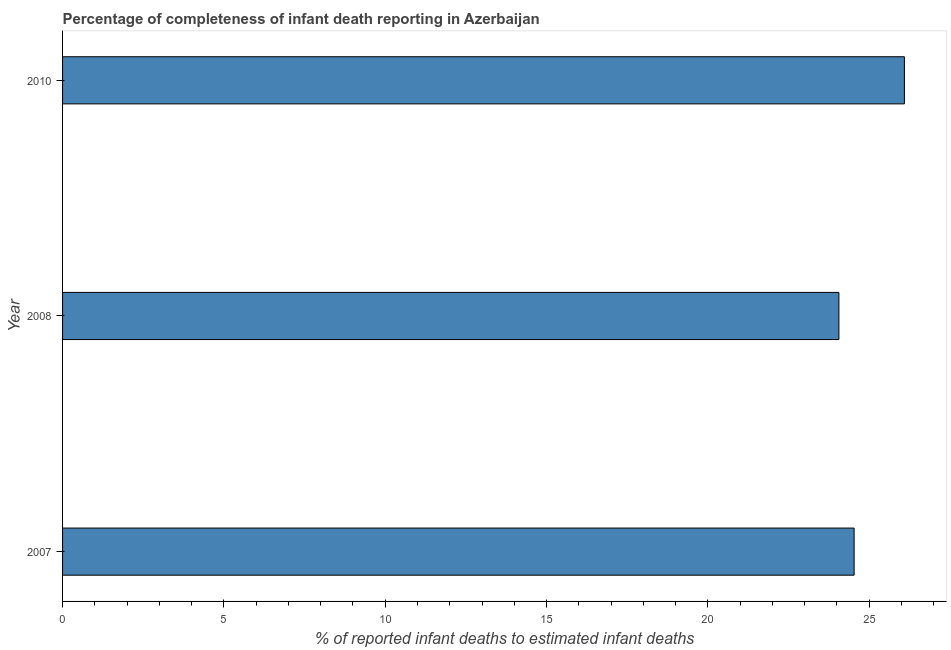
| Year | Completeness of infant death reporting |
 | --- | --- |
 | 2007 | 24.5 |
 | 2008 | 24.1 |
 | 2010 | 26.1 |